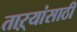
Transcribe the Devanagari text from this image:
ताऱ्यांसाठी